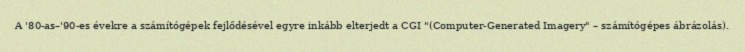
A '80-as–'90-es évekre a számítógépek fejlődésével egyre inkább elterjedt a CGI "(Computer-Generated Imagery" – számítógépes ábrázolás).